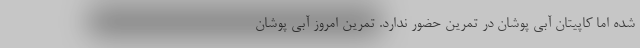
شده اما کاپیتان آبی پوشان در تمرین حضور ندارد. تمرین امروز آبی پوشان